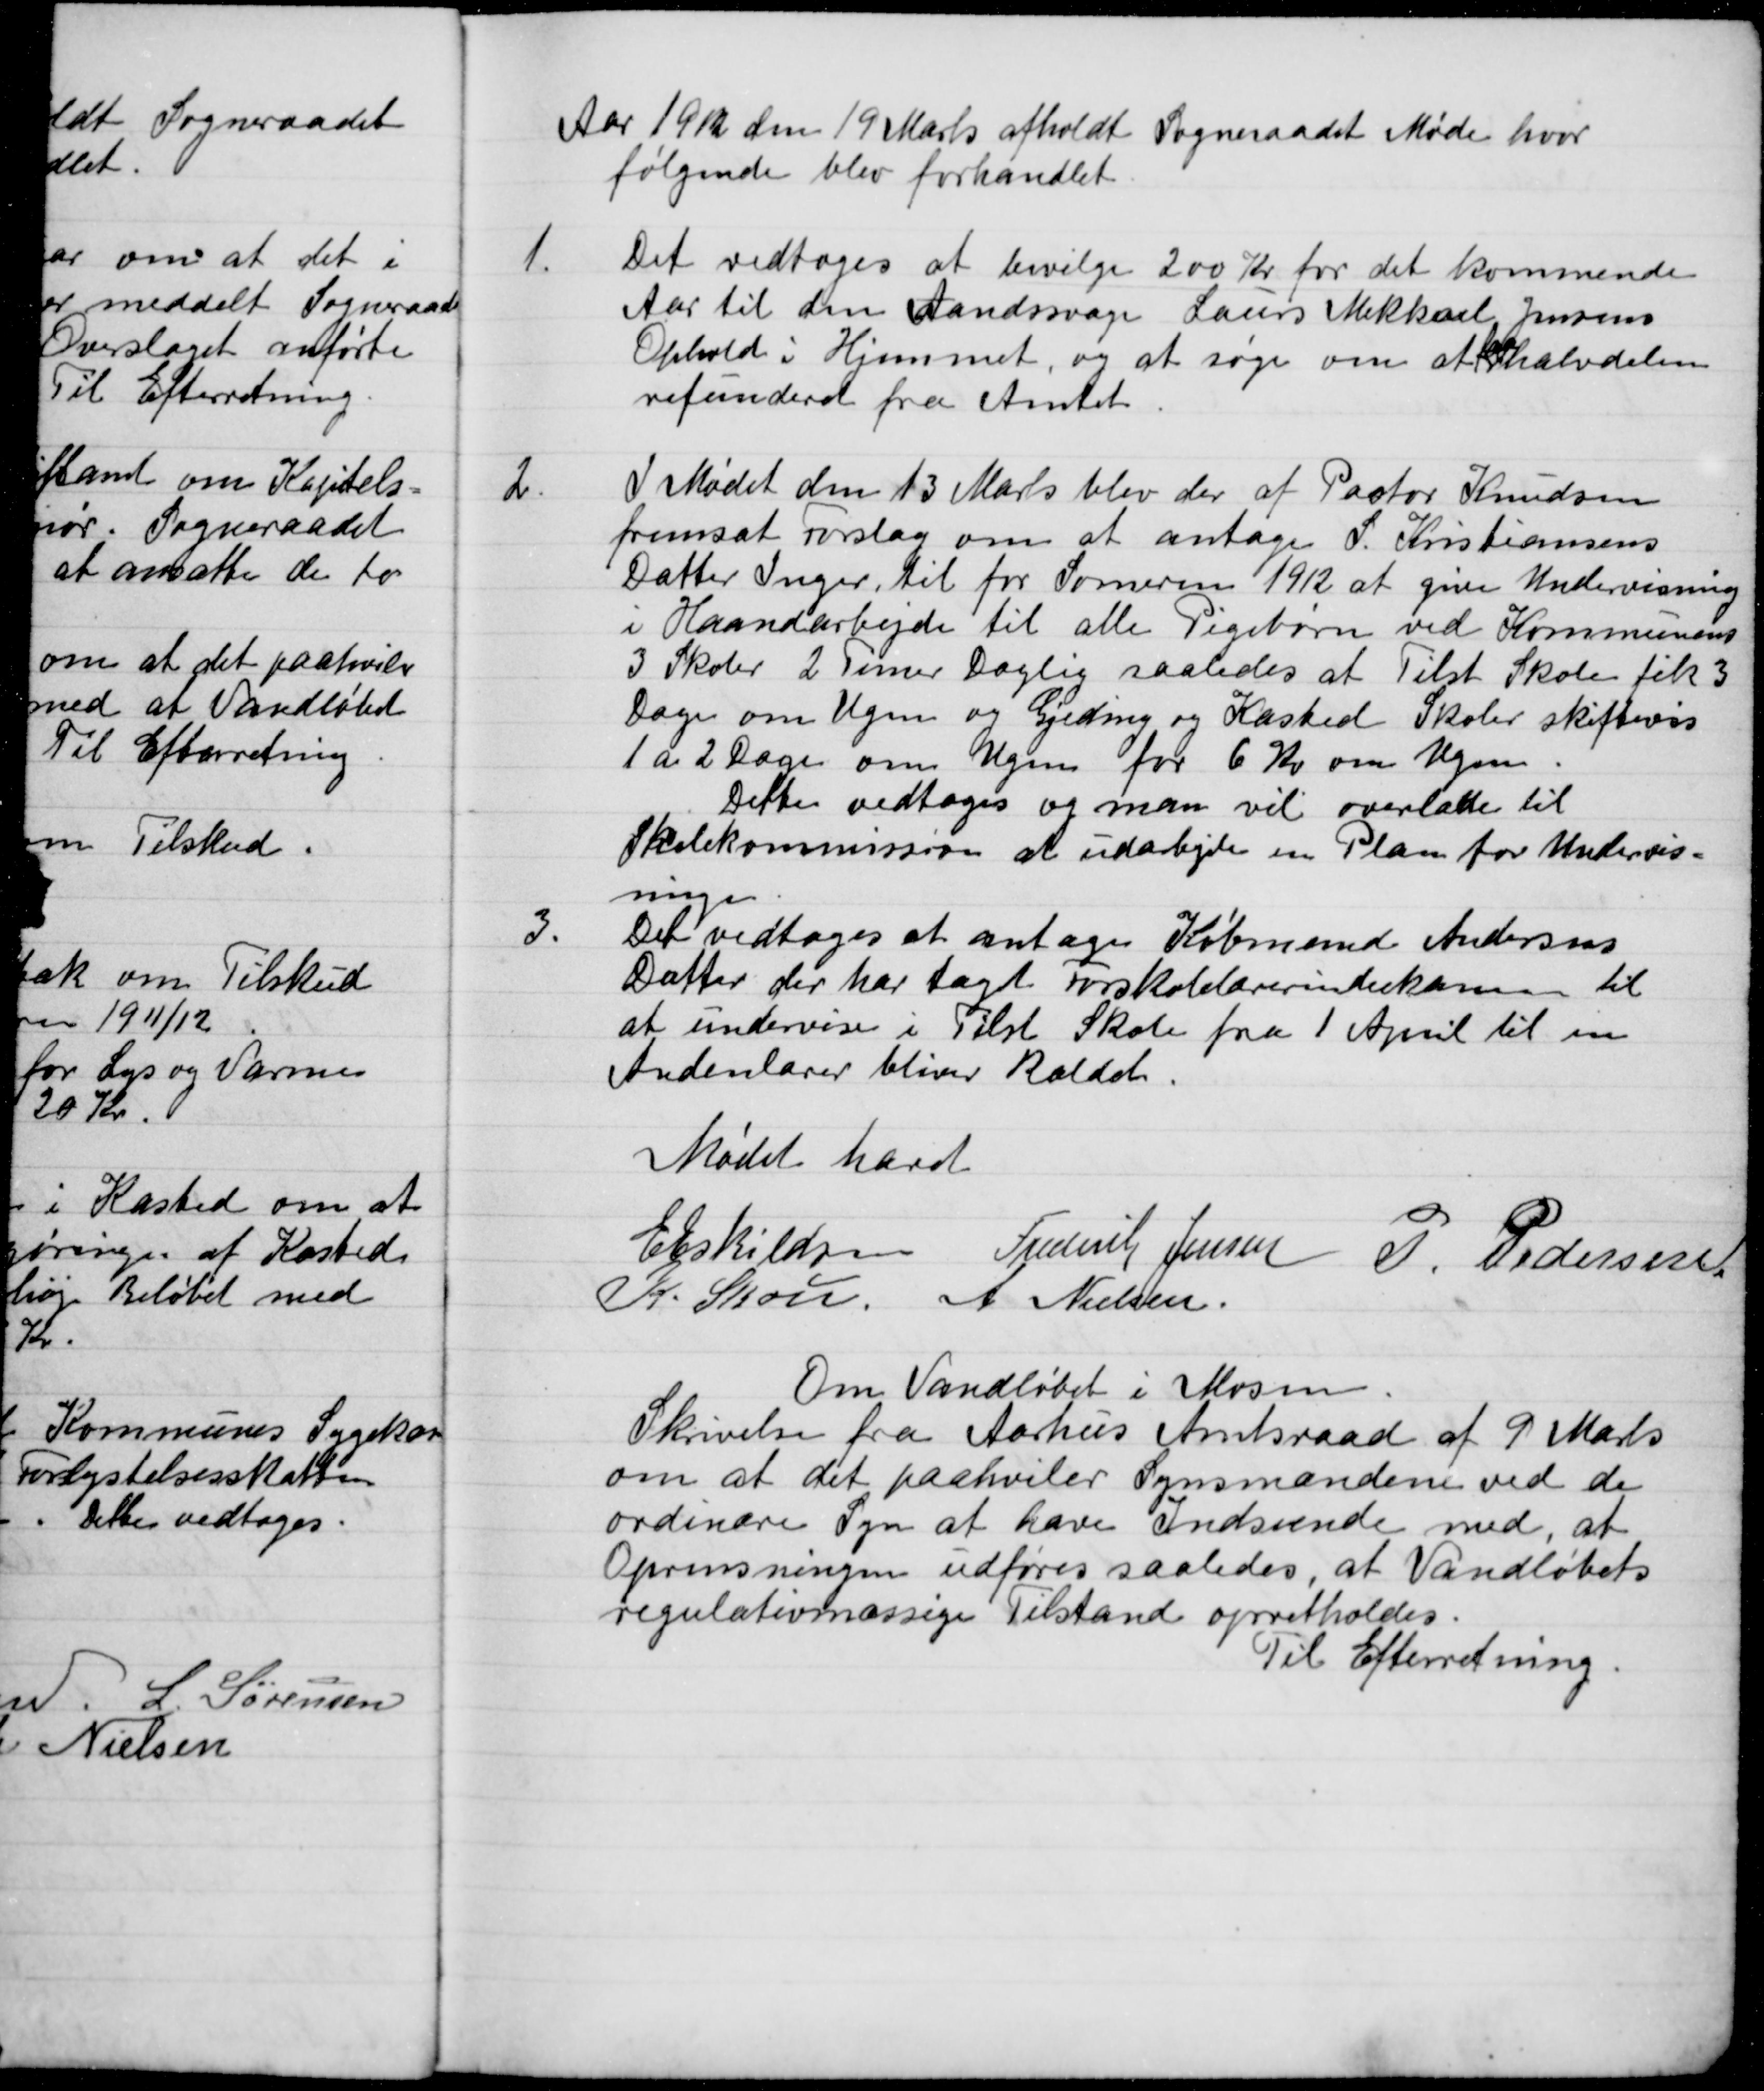
Transskription:
Aar 1912 den 19 Marts afholdt Sogneraadet Møde hvor
følgende blev forhandlet
1.
Det vedtoges at bevilge 200 Kr for det kommende
Aar til den Aandssvage Laurs Mikkael Jensens
Ophold i Hjemmet, og at søge om at faa halvdelen
refunderet fra Amtet
2.
I Mødet den 13 Marts blev der af Pastor Knudsen
fremsat forslag om at antage P. Kristiansens
Datter Inger, til for Someren 1912 at give Undervisning
i Haandarbejde til alle Pigebørn ved Kommunens
3 Skoler 2 Timer Daglig saaledes at Tilst Skole fik 3
Dage om Ugen og Gjeding og Kasted Skoler skiftevis
1 a 2 Dage om Ugen for 6 Kr om Ugen
Dette vedtoges og man vil overlade til
Skolekommission at udarbejde en Plan for Undervis-
ningen
3.
Det vedtoges at antages Købmand Andersens
Datter der har tagt Forskolelærerindeeksamen til
at undervise i Tilst Skole fra 1 April til en
Andenlærer bliver kaldet.
Mødet hævet
E Eskildsen
Frederik Jensen
P. Pedersen
K. Skou
A Nielsen
Om Vandløbet i Mosen.
Skrivelse fra Aarhus Amtsraad af 9 Marts
om at det paahviler Synsmændene ved de
ordinære Syn at have indseende med, at
Oprensningen udføres saaledes, at Vandløbets
regulativmæssige Tilstand opretholdes.
Til Efterretning.